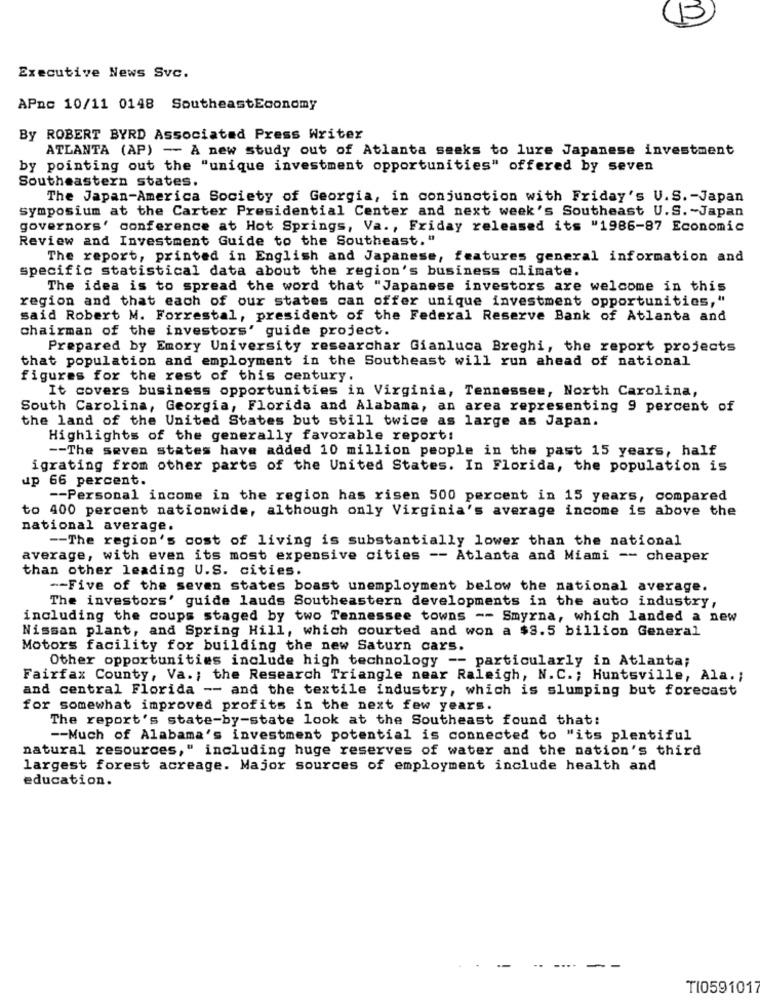
15
Executive News Svc.
APnc 10/11 0148 SoutheastEconomy
By ROBERT BYRD Associated Press Writer
ATLANTA (AP) - A new study out of Atlanta seeks to lure Japanese investment
by pointing out the "unique investment opportunities" offered by seven
Southeastern states.
The Japan-America Society of Georgia, in conjunction with Friday's U.S. - Japan
symposium at the Carter Presidential Center and next week's Southeast U.S. ~ Japan
governors' conference at Hot Springs, Va ., Friday released its "1986-87 Economic
Review and Investment Guide to the Southeast. "
The report, printed in English and Japanese, features general information and
specific statistical data about the region's business climate.
The idea is to spread the word that "Japanese investors are welcome in this
region and that each of our states can offer unique investment opportunities,"
said Robert M. Forrestal, president of the Federal Reserve Bank of Atlanta and
chairman of the investors' guide project.
Prepared by Emory University researchar Gianluca Breghi, the report projects
that population and employment in the Southeast will run ahead of national
figures for the rest of this century.
It covers business opportunities in Virginia, Tennessee, North Carolina,
South Carolina, Georgia, Florida and Alabama, an area representing 9 percent of
the land of the United States but still twice as large as Japan.
Highlights of the generally favorable report:
-- The seven states have added 10 million people in the past 15 years, half
igrating from other parts of the United States. In Florida, the population is
up 66 percent.
-- Personal income in the region has risen 500 percent in 15 years, compared
to 400 percent nationwide, although only Virginia's average income is above the
national average.
-- The region's cost of living is substantially lower than the national
average, with even its most expensive cities -- Atlanta and Miami -- cheaper
than other leading U.S. cities.
-- Five of the seven states boast unemployment below the national average.
The investors' guide lauds Southeastern developments in the auto industry,
including the coups staged by two Tennessee towns -- Smyrna, which landed a new
Nissan plant, and Spring Hill, which courted and won a $3.5 billion General
Motors facility for building the new Saturn cars.
Other opportunities include high technology -- particularly in Atlanta;
Fairfax County, Va .; the Research Triangle near Raleigh, N.C .; Huntsville, Ala .;
and central Florida -- and the textile industry, which is slumping but forecast
for somewhat improved profits in the next few years.
The report's state-by-state look at the Southeast found that:
-- Much of Alabama's investment potential is connected to "its plentiful
natural resources," including huge reserves of water and the nation's third
largest forest acreage. Major sources of employment include health and
education.
TI0591017